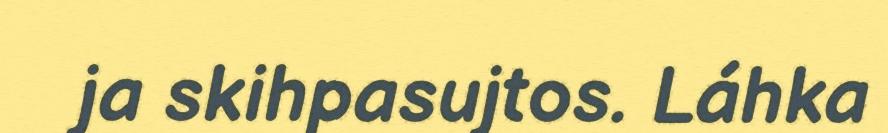
ja skihpasujtos. Láhka